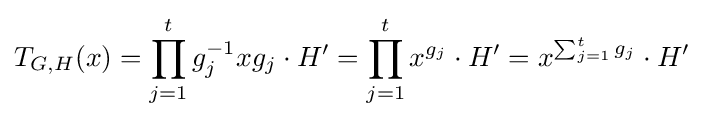
T_{G,H}(x)=\prod _{j=1}^{t}g_{j}^{-1}xg_{j}\cdot H'=\prod _{j=1}^{t}x^{g_{j}}\cdot H'=x^{\sum _{j=1}^{t}g_{j}}\cdot H'